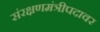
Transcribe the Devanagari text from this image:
संरक्षणमंत्रीपदावर